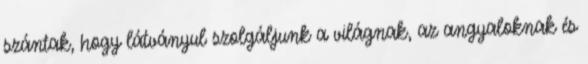
szántak, hogy látványul szolgáljunk a világnak, az angyaloknak és